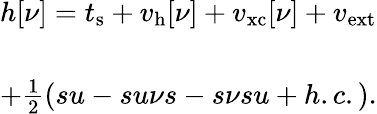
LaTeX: \begin{array}{l}{{\displaystyle h[\nu]=t_{\mathrm{s}}+v_{\mathrm{h}}[\nu]+v_{\mathrm{xc}}[\nu]+v_{\mathrm{ext}}}}\\ {~~}\\ {+\frac{1}{2}(su-su\nu s-s\nu su+h.c.).}\end{array}